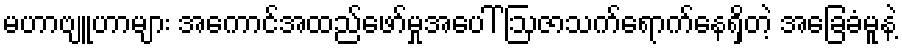
မဟာဗျူဟာများ အကောင်အထည်ဖော်မှုအပေါ် ဩဇာသက်ရောက်နေရှိတဲ့ အခြေခံမူနဲ့